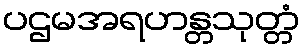
ပဌမအရဟန္တသုတ္တံ